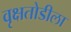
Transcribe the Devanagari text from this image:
वृक्षतोडीला